Vaccination in Bombay 1889-1901 - 1889-1901
Year: 1889
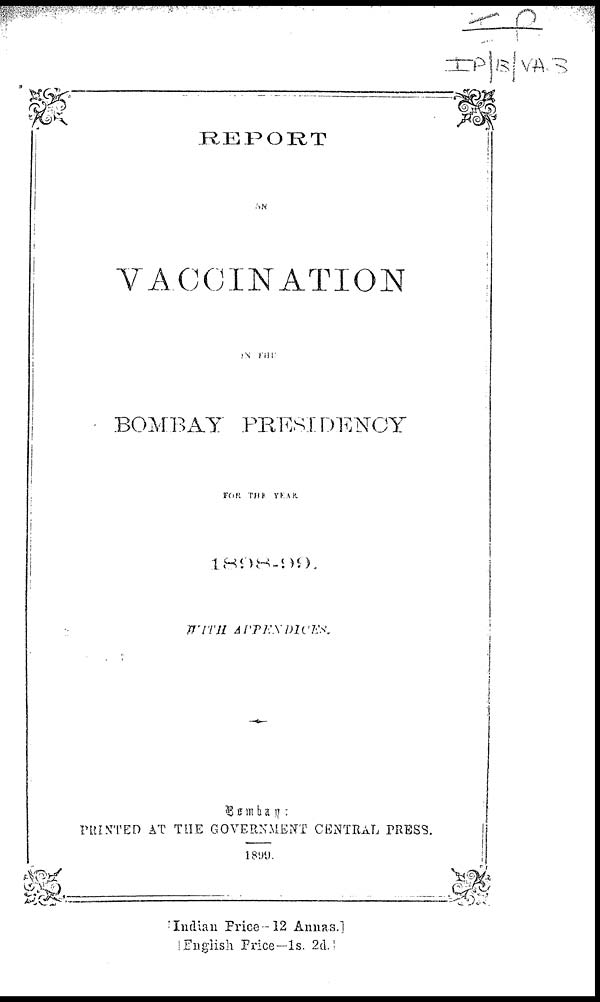
REPORT
ON
VACCINATION
IN THE
BOMBAY PRESIDENCY
FOR THE YEAR.
1898-99.
WITH
APPENDICES.
Bombay :
PRINTED AT THE GOVERNMENT CENTRAL PRESS.
1899.
[Indian Price-12 Annas.]
[English Price—1s. 2d.]